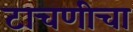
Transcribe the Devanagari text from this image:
टाचणीचा